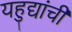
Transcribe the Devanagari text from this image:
यहुद्यांची